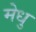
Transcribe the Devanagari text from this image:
मेधु